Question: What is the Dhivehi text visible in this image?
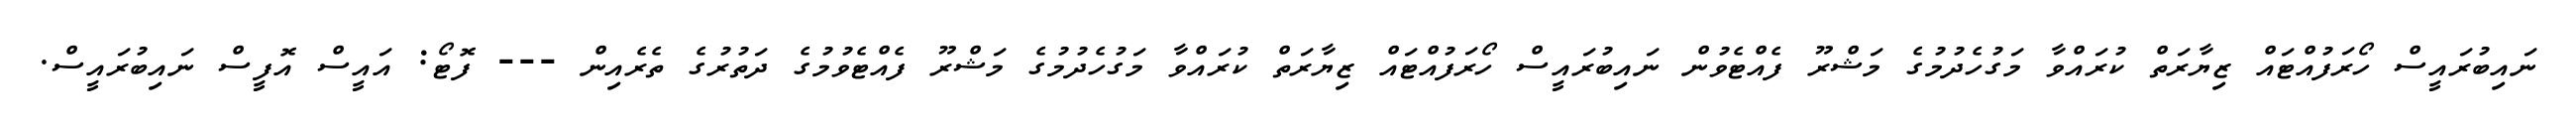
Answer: ނައިބުރައީސް ހޯރަފުއްޓައް ޒިޔާރަތް ކުރައްވާ މަގުހެދުމުގެ މަޝްރޫ ފެއްޓެވުން ނައިބުރައީސް ހޯރަފުއްޓައް ޒިޔާރަތް ކުރައްވާ މަގުހެދުމުގެ މަޝްރޫ ފެއްޓެވުމުގެ ދަތުރުގެ ތެރެއިން --- ފޮޓޯ: އައީސް އޮފީސް ނައިބުރައީސް.